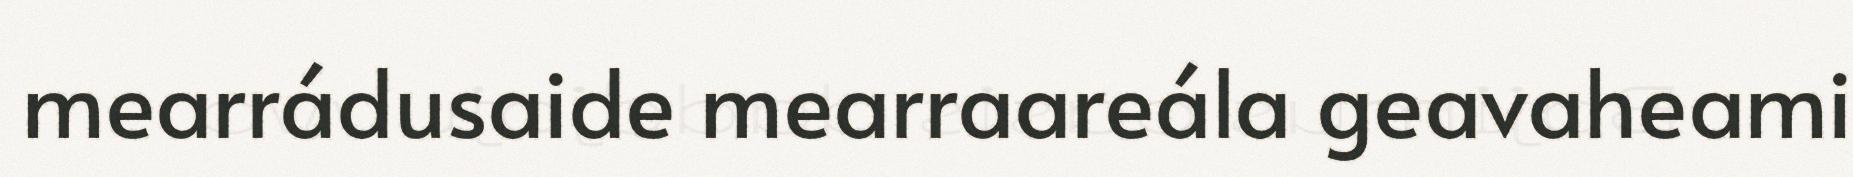
mearrádusaide mearraareála geavaheami